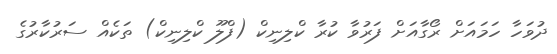
ދުވަހާ ހަމައަށް ރޯގާއަށް ފަރުވާ ކުރާ ކްލިނިކް (ފްލޫ ކްލިނިކް) ތަކެއް ސަރުކާރުގެ